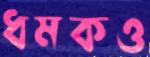
ধমকও